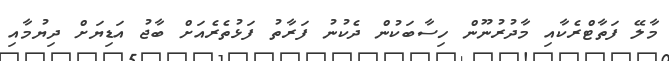
މާލޭ ފަތާޓްރެކާއި މާދުރުނޫން ހިސާބަކުން ދެކުނު ފަރާތު ފަޅުތެރެއަށް ބާޖު އަޑިޔަށް ދިޔުމާއި